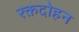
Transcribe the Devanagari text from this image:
रक्तदोहन